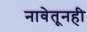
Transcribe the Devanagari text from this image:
नावेतूनही